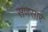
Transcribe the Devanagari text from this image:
सणसार